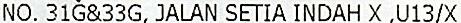
NO. 31G&33G, JALAN SETIA INDAH X ,U13/X